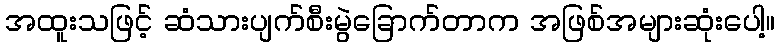
အထူးသဖြင့် ဆံသားပျက်စီးမွဲခြောက်တာက အဖြစ်အများဆုံးပေါ့။